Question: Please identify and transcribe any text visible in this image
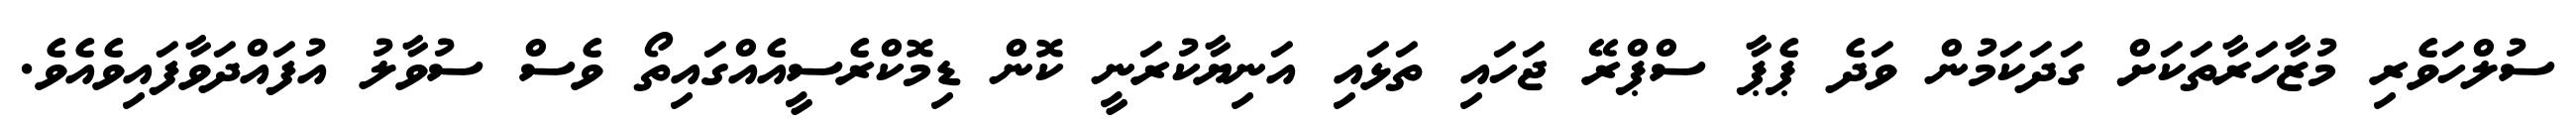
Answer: ސުލްހަވެރި މުޒާހަރާތަކަށް ގަދަކަމުން ވަދެ ޕެޕާ ސްޕްރޭ ޖަހައި ތަޅައި އަނިޔާކުރަނީ ކޮން ޑިމޮކްރެސީއެއްގައިތޯ ވެސް ސުވާލު އުފައްދަވާފައިވެއެވެ.